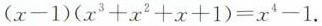
$$( x - 1 ) ( x ^ { 3 } + x ^ { 2 } + x + 1 ) = x ^ { 4 } - 1$$ .